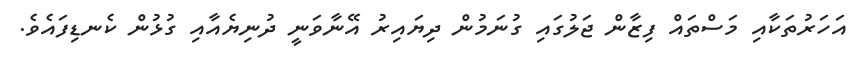
އަހަރުތަކާއި މަސްތައް ފިޒާން ޖަލުގައި ގުނަމުން ދިޔައިރު އޭނާވަނީ ދުނިޔެއާއި ގުޅުން ކެނޑިފައެވެ.